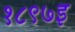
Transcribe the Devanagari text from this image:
१८९७इ